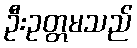
ဦးဥတ္တမသည်